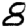
Digit: 8